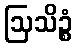
ဩသိဉ္စံ